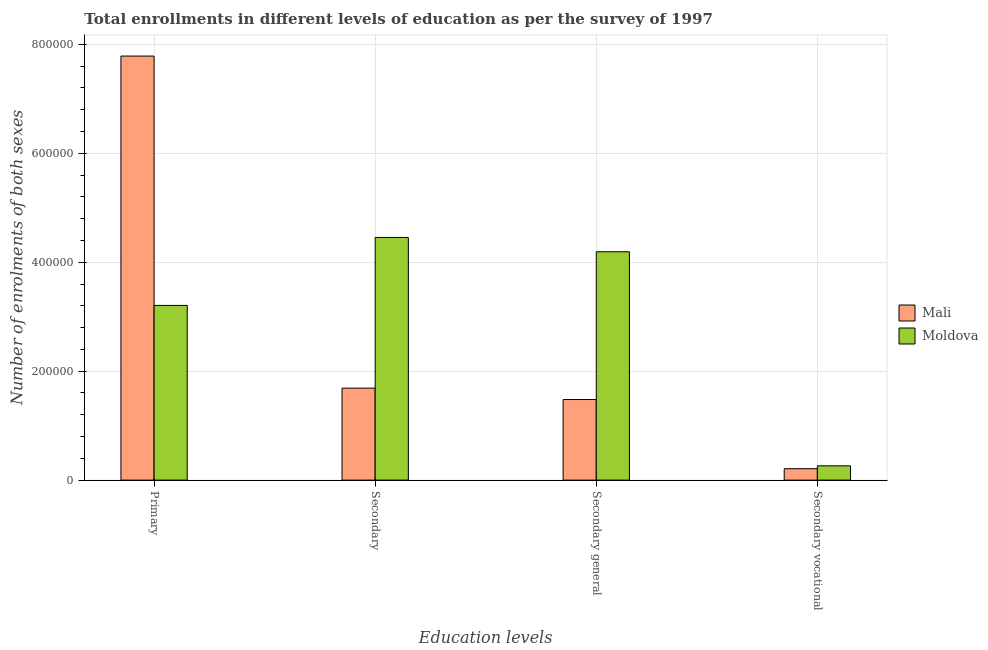
| Education levels | Mali | Moldova |
 | --- | --- | --- |
 | Primary | 7.78e+05 | 3.21e+05 |
 | Secondary | 1.69e+05 | 4.46e+05 |
 | Secondary general | 1.48e+05 | 4.19e+05 |
 | Secondary vocational | 2.09e+04 | 2.62e+04 |